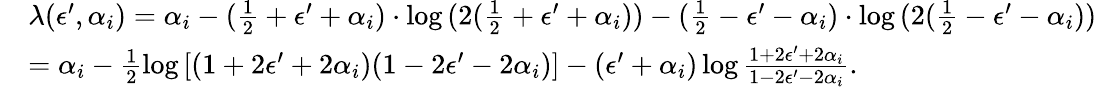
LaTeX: \begin{array}{rl}&{\lambda(\epsilon^{\prime},\alpha_{i})=\alpha_{i}-(\frac{1}{2}+\epsilon^{\prime}+\alpha_{i})\cdot\log{(2(\frac{1}{2}+\epsilon^{\prime}+\alpha_{i}))}-(\frac{1}{2}-\epsilon^{\prime}-\alpha_{i})\cdot\log{(2(\frac{1}{2}-\epsilon^{\prime}-\alpha_{i}))}}\\ &{=\alpha_{i}-\frac{1}{2}\log{\left[(1+2\epsilon^{\prime}+2\alpha_{i})(1-2\epsilon^{\prime}-2\alpha_{i})\right]}-(\epsilon^{\prime}+\alpha_{i})\log{\frac{1+2\epsilon^{\prime}+2\alpha_{i}}{1-2\epsilon^{\prime}-2\alpha_{i}}}.}\end{array}